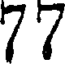
77